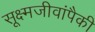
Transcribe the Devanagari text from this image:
सूक्ष्मजीवांपैकी